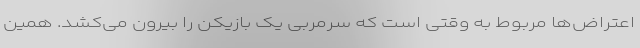
اعتراض‌ها مربوط به وقتی است که سرمربی یک بازیکن را بیرون می‌کشد. همین